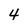
Character: 4